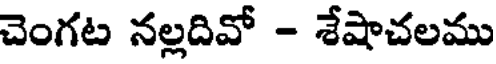
చెంగట నల్లదివో - శేషాచలము